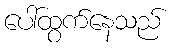
ပေါ်ထွက်နေသည်